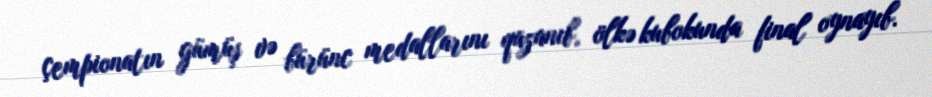
çempionatın gümüş və bürünc medallarını qazanıb, ölkə kubokunda final oynayıb.